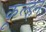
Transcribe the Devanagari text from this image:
कूल्हन